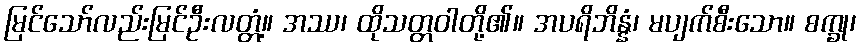
မြင်သော်လည်းမြင်ဦးလတ္တံ့။ အဿ၊ ထိုသတ္တဝါတို့၏။ အပရိဘိန္နံ၊ မပျက်စီးသော။ စက္ခု၊